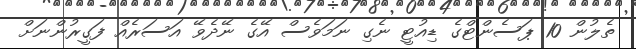
ތެލުން 10 ޕަސެންޓްގެ ޑިއުޓީ ނެގި ނަމަވެސް އޭގެ ނޭދެވޭ އަސަރެއް ފަގީރުންނަށް